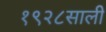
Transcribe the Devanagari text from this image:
१९२८साली